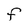
Character: F